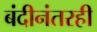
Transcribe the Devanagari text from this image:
बंदीनंतरही